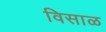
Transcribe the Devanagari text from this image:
विसाळ